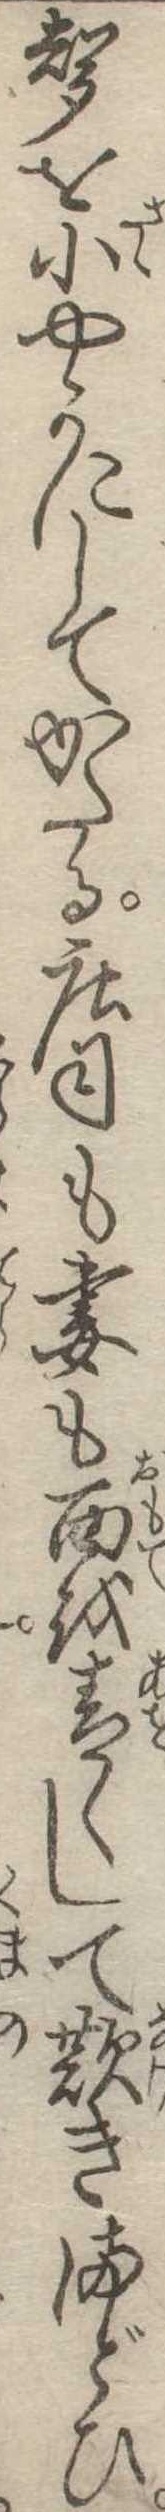
声を小やかにしてかたる荘司も妻も面を青くして歎きまどひ